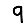
Digit: 9